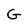
Character: G